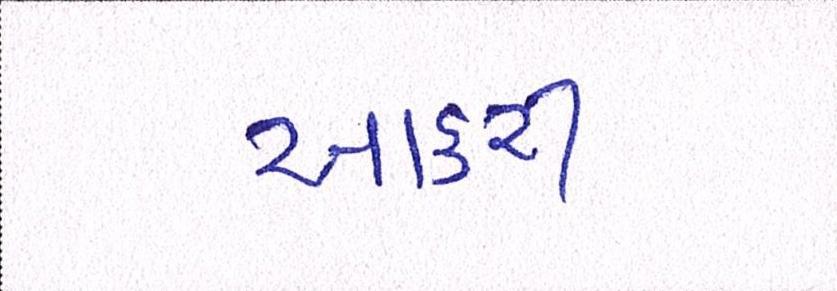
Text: આકરી